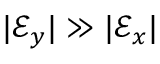
\lvert \mathcal { E } _ { y } \rvert \gg \lvert \mathcal { E } _ { x } \rvert